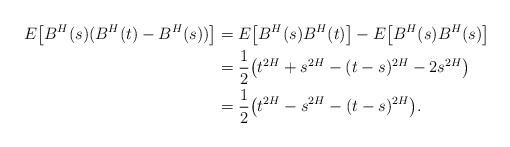
LaTeX: \begin{align*} E\big[B^H(s) (B^H(t) - B^H(s))\big] & = E\big[B^H(s)B^H(t)\big] - E\big[B^H(s)B^H(s)\big]\\ & = \frac{1}{2} \big( t^{2H} + s^{2H} - (t-s)^{2H} - 2s^{2H} \big)\\ & = \frac{1}{2} \big( t^{2H} - s^{2H} - (t-s)^{2H} \big). \end{align*}